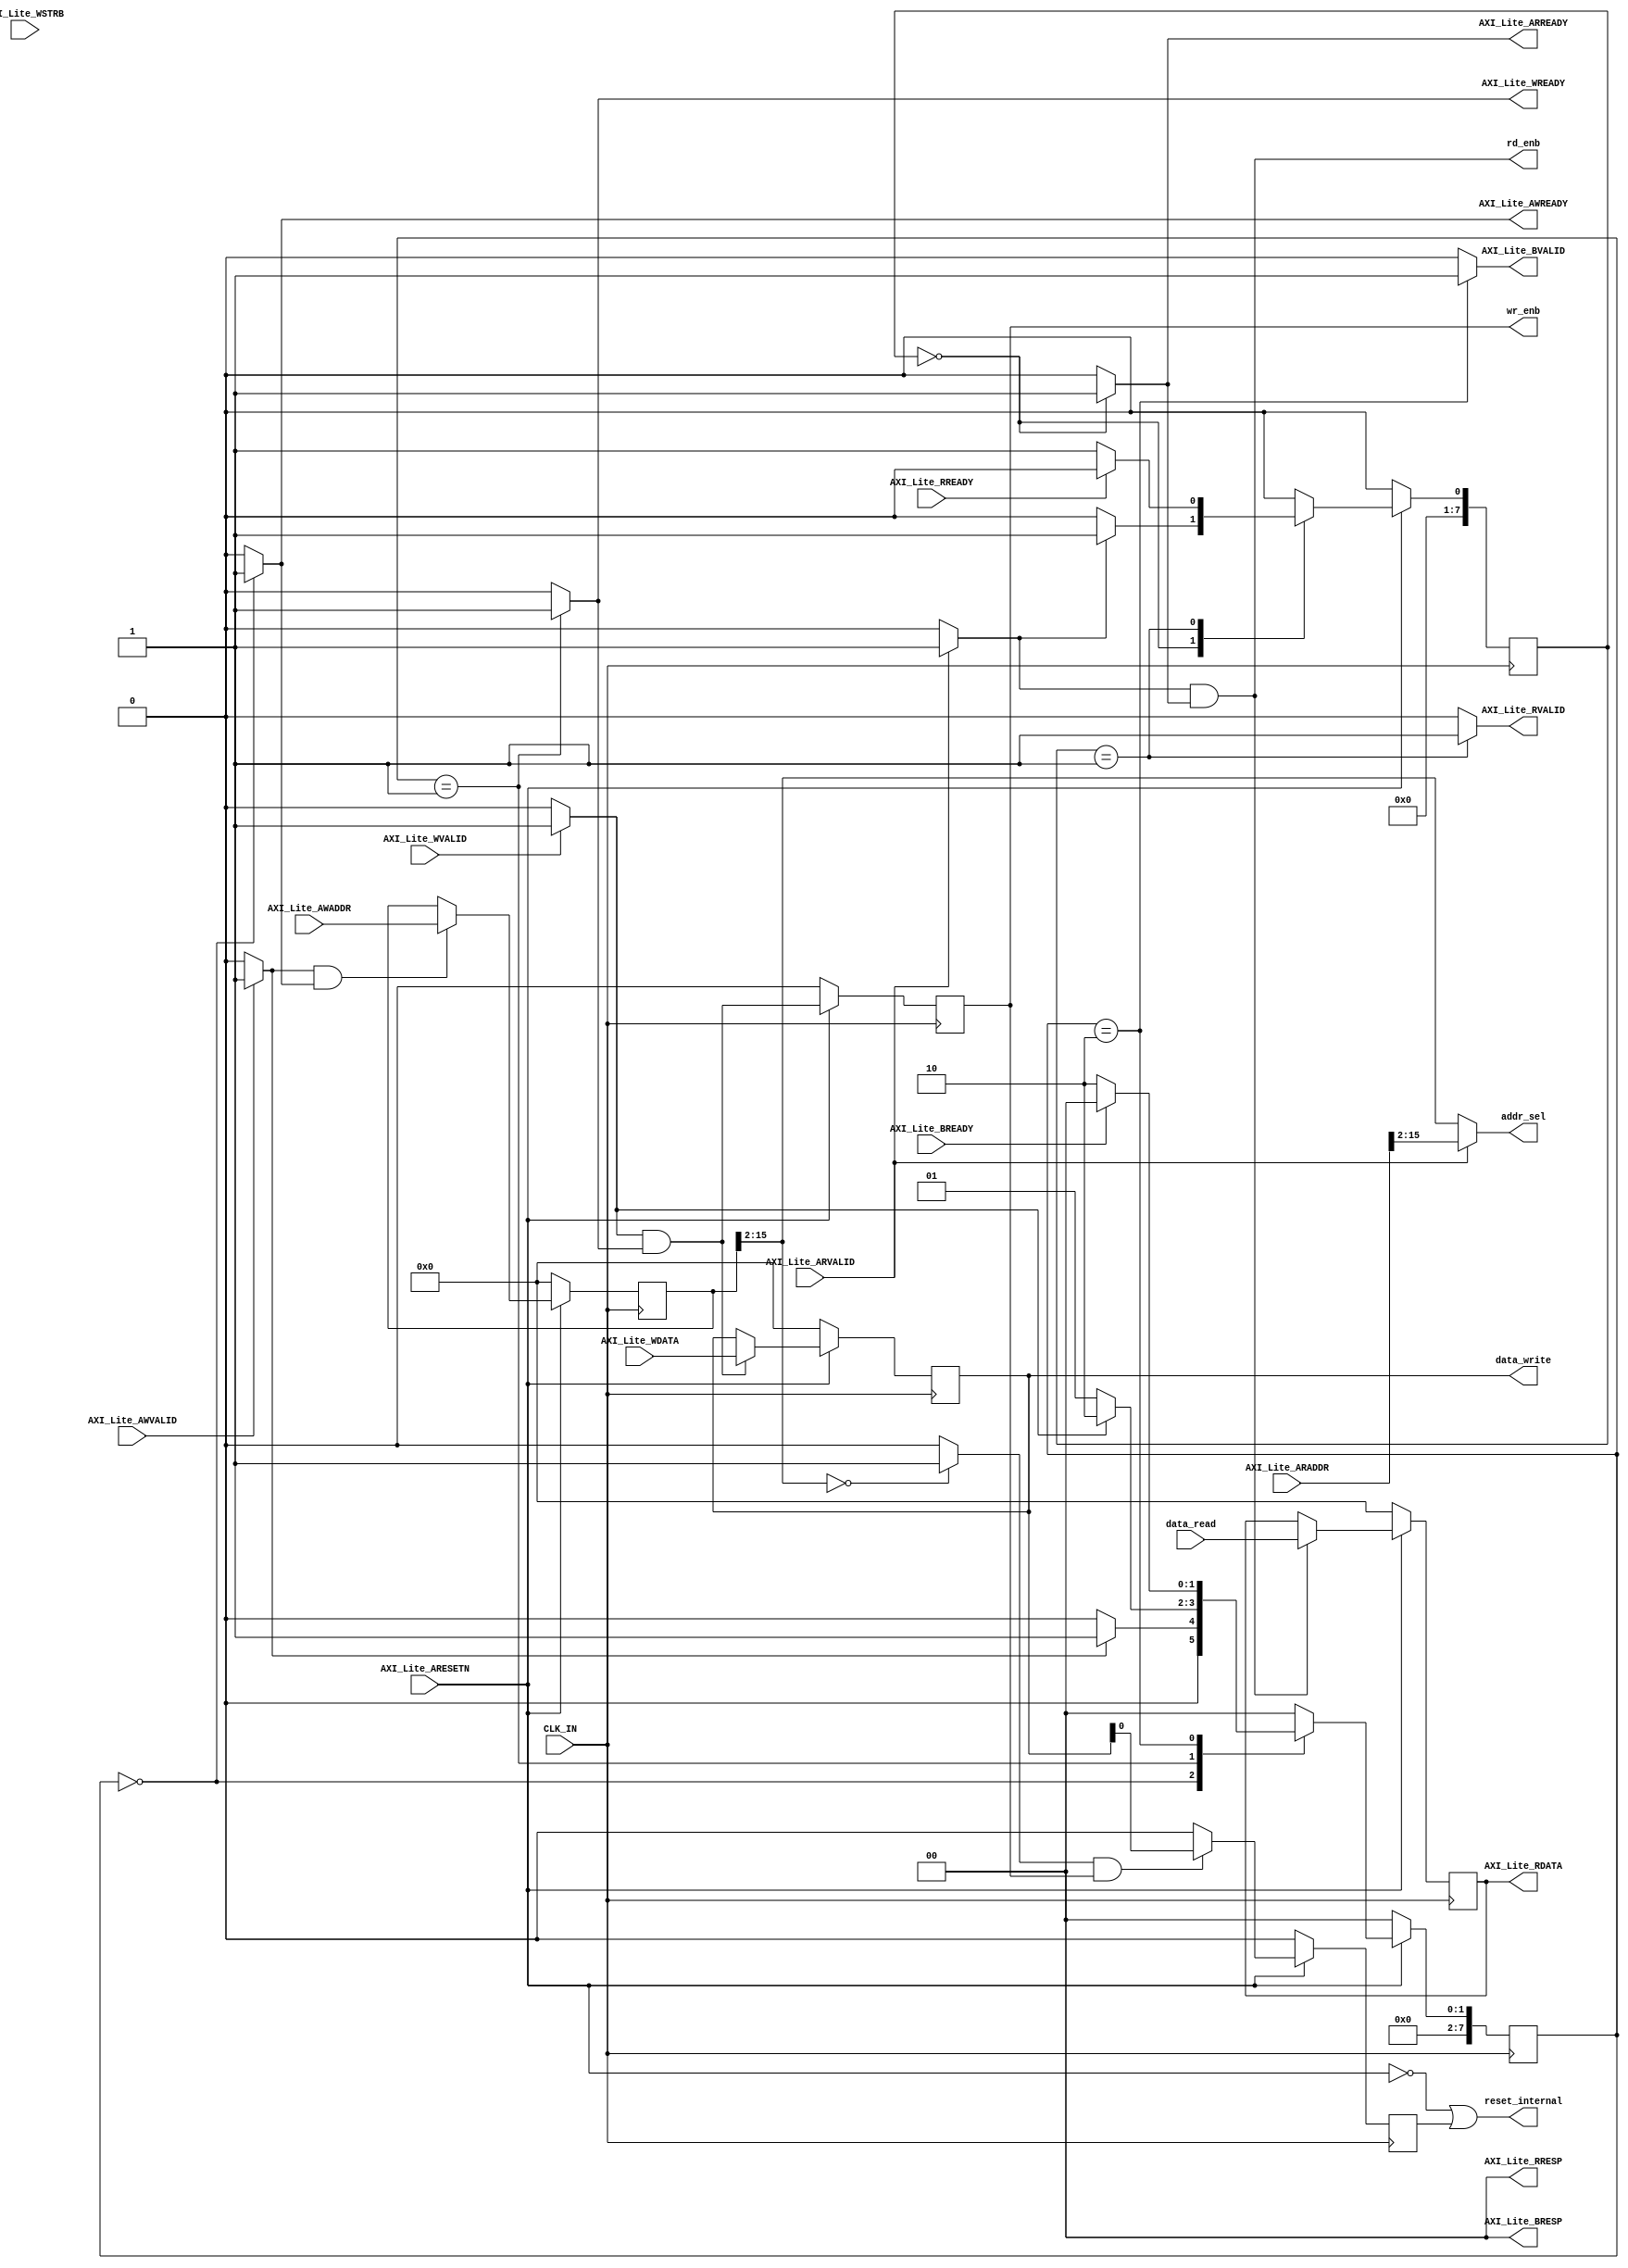
// -------------------------------------------------------------
// 
// 
// Generated by MATLAB 8.2 and HDL Coder 3.3
// 
// -------------------------------------------------------------


// -------------------------------------------------------------
// 
// Module: controllerperipheralhdladi_pcore_axi_lite_module
// Source Path: controllerperipheralhdladi_pcore/controllerperipheralhdladi_pcore_axi_lite/controllerperipheralhdladi_pcore_axi_lite_module
// Hierarchy Level: 2
// 
// -------------------------------------------------------------

`timescale 1 ns / 1 ns

module controllerperipheralhdladi_pcore_axi_lite_module
          (
           CLK_IN,
           AXI_Lite_ARESETN,
           AXI_Lite_AWADDR,
           AXI_Lite_AWVALID,
           AXI_Lite_WDATA,
           AXI_Lite_WSTRB,
           AXI_Lite_WVALID,
           AXI_Lite_BREADY,
           AXI_Lite_ARADDR,
           AXI_Lite_ARVALID,
           AXI_Lite_RREADY,
           data_read,
           AXI_Lite_AWREADY,
           AXI_Lite_WREADY,
           AXI_Lite_BRESP,
           AXI_Lite_BVALID,
           AXI_Lite_ARREADY,
           AXI_Lite_RDATA,
           AXI_Lite_RRESP,
           AXI_Lite_RVALID,
           data_write,
           addr_sel,
           wr_enb,
           rd_enb,
           reset_internal
          );


  input   CLK_IN;
  input   AXI_Lite_ARESETN;  // ufix1
  input   [31:0] AXI_Lite_AWADDR;  // ufix32
  input   AXI_Lite_AWVALID;  // ufix1
  input   [31:0] AXI_Lite_WDATA;  // ufix32
  input   [3:0] AXI_Lite_WSTRB;  // ufix4
  input   AXI_Lite_WVALID;  // ufix1
  input   AXI_Lite_BREADY;  // ufix1
  input   [31:0] AXI_Lite_ARADDR;  // ufix32
  input   AXI_Lite_ARVALID;  // ufix1
  input   AXI_Lite_RREADY;  // ufix1
  input   [31:0] data_read;  // ufix32
  output  AXI_Lite_AWREADY;  // ufix1
  output  AXI_Lite_WREADY;  // ufix1
  output  [1:0] AXI_Lite_BRESP;  // ufix2
  output  AXI_Lite_BVALID;  // ufix1
  output  AXI_Lite_ARREADY;  // ufix1
  output  [31:0] AXI_Lite_RDATA;  // ufix32
  output  [1:0] AXI_Lite_RRESP;  // ufix2
  output  AXI_Lite_RVALID;  // ufix1
  output  [31:0] data_write;  // ufix32
  output  [13:0] addr_sel;  // ufix14
  output  wr_enb;  // ufix1
  output  rd_enb;  // ufix1
  output  reset_internal;  // ufix1


  wire reset;
  wire enb;
  wire const_1;  // ufix1
  reg [7:0] axi_lite_wstate;  // uint8
  reg [7:0] axi_lite_rstate;  // uint8
  reg [7:0] axi_lite_wstate_next;  // uint8
  reg [7:0] axi_lite_rstate_next;  // uint8
  reg  AXI_Lite_AWREADY_1;  // ufix1
  reg  AXI_Lite_WREADY_1;  // ufix1
  reg  AXI_Lite_BVALID_1;  // ufix1
  reg  AXI_Lite_ARREADY_1;  // ufix1
  reg  AXI_Lite_RVALID_1;  // ufix1
  reg  aw_transfer;  // ufix1
  reg  w_transfer;  // ufix1
  reg  ar_transfer;  // ufix1
  wire [1:0] const_0_2;  // ufix2
  reg [31:0] AXI_Lite_RDATA_1;  // ufix32
  reg [31:0] wdata;  // ufix32
  reg [31:0] waddr;  // ufix32
  wire [13:0] waddr_sel;  // ufix14
  wire [13:0] raddr_sel;  // ufix14
  reg  wr_enb_1;  // ufix1
  wire strobe_addr;  // ufix1
  wire strobe_sel;  // ufix1
  wire const_zero;  // ufix1
  wire strobe_in;  // ufix1
  wire strobe_sw;  // ufix1
  reg  soft_reset;  // ufix1
  reg  axi_lite_out0_0_1;
  reg  axi_lite_out1_0_1;
  reg  axi_lite_out3_0_1;
  reg  axi_lite_awvalid_1;
  reg  axi_lite_wvalid_1;
  reg  axi_lite_arvalid_1;


  assign const_1 = 1'b1;



  assign enb = const_1;

  assign reset =  ~ AXI_Lite_ARESETN;



  always @(posedge CLK_IN)
    begin : axi_lite_process
      if (reset == 1'b1) begin
        axi_lite_wstate <= 8'd0;
        axi_lite_rstate <= 8'd0;
      end
      else if (enb) begin
        axi_lite_wstate <= axi_lite_wstate_next;
        axi_lite_rstate <= axi_lite_rstate_next;
      end
    end

  always @(axi_lite_wstate, axi_lite_rstate, AXI_Lite_AWVALID, AXI_Lite_WVALID,
       AXI_Lite_BREADY, AXI_Lite_ARVALID, AXI_Lite_RREADY) begin
    axi_lite_wstate_next = axi_lite_wstate;
    axi_lite_rstate_next = axi_lite_rstate;
    if (AXI_Lite_AWVALID != 1'b0) begin
      axi_lite_awvalid_1 = 1'b1;
    end
    else begin
      axi_lite_awvalid_1 = 1'b0;
    end
    if (AXI_Lite_WVALID != 1'b0) begin
      axi_lite_wvalid_1 = 1'b1;
    end
    else begin
      axi_lite_wvalid_1 = 1'b0;
    end
    if (AXI_Lite_ARVALID != 1'b0) begin
      axi_lite_arvalid_1 = 1'b1;
    end
    else begin
      axi_lite_arvalid_1 = 1'b0;
    end

    case ( axi_lite_wstate)
      8'd0 :
        begin
          axi_lite_out0_0_1 = 1'b1;
          axi_lite_out1_0_1 = 1'b0;
          AXI_Lite_BVALID_1 = 1'b0;
          if (axi_lite_awvalid_1) begin
            axi_lite_wstate_next = 8'd1;
          end
          else begin
            axi_lite_wstate_next = 8'd0;
          end
        end
      8'd1 :
        begin
          axi_lite_out0_0_1 = 1'b0;
          axi_lite_out1_0_1 = 1'b1;
          AXI_Lite_BVALID_1 = 1'b0;
          if (axi_lite_wvalid_1) begin
            axi_lite_wstate_next = 8'd2;
          end
          else begin
            axi_lite_wstate_next = 8'd1;
          end
        end
      8'd2 :
        begin
          axi_lite_out0_0_1 = 1'b0;
          axi_lite_out1_0_1 = 1'b0;
          AXI_Lite_BVALID_1 = 1'b1;
          if (AXI_Lite_BREADY != 1'b0) begin
            axi_lite_wstate_next = 8'd0;
          end
          else begin
            axi_lite_wstate_next = 8'd2;
          end
        end
      default :
        begin
          axi_lite_out0_0_1 = 1'b0;
          axi_lite_out1_0_1 = 1'b0;
          AXI_Lite_BVALID_1 = 1'b0;
          axi_lite_wstate_next = 8'd0;
        end
    endcase


    case ( axi_lite_rstate)
      8'd0 :
        begin
          axi_lite_out3_0_1 = 1'b1;
          AXI_Lite_RVALID_1 = 1'b0;
          if (axi_lite_arvalid_1) begin
            axi_lite_rstate_next = 8'd1;
          end
          else begin
            axi_lite_rstate_next = 8'd0;
          end
        end
      8'd1 :
        begin
          axi_lite_out3_0_1 = 1'b0;
          AXI_Lite_RVALID_1 = 1'b1;
          if (AXI_Lite_RREADY != 1'b0) begin
            axi_lite_rstate_next = 8'd0;
          end
          else begin
            axi_lite_rstate_next = 8'd1;
          end
        end
      default :
        begin
          axi_lite_out3_0_1 = 1'b0;
          AXI_Lite_RVALID_1 = 1'b0;
          axi_lite_rstate_next = 8'd0;
        end
    endcase

    AXI_Lite_AWREADY_1 = axi_lite_out0_0_1;
    AXI_Lite_WREADY_1 = axi_lite_out1_0_1;
    AXI_Lite_ARREADY_1 = axi_lite_out3_0_1;
    aw_transfer = axi_lite_awvalid_1 && axi_lite_out0_0_1;
    w_transfer = axi_lite_wvalid_1 && axi_lite_out1_0_1;
    ar_transfer = axi_lite_arvalid_1 && axi_lite_out3_0_1;
  end



  assign const_0_2 = 2'b00;



  assign AXI_Lite_BRESP = const_0_2;

  always @(posedge CLK_IN)
    begin : reg_rdata_process
      if (reset == 1'b1) begin
        AXI_Lite_RDATA_1 <= 32'b00000000000000000000000000000000;
      end
      else if (enb && ar_transfer) begin
        AXI_Lite_RDATA_1 <= data_read;
      end
    end



  assign AXI_Lite_RRESP = const_0_2;

  always @(posedge CLK_IN)
    begin : reg_wdata_process
      if (reset == 1'b1) begin
        wdata <= 32'b00000000000000000000000000000000;
      end
      else if (enb && w_transfer) begin
        wdata <= AXI_Lite_WDATA;
      end
    end



  assign data_write = wdata;

  always @(posedge CLK_IN)
    begin : reg_waddr_process
      if (reset == 1'b1) begin
        waddr <= 32'b00000000000000000000000000000000;
      end
      else if (enb && aw_transfer) begin
        waddr <= AXI_Lite_AWADDR;
      end
    end



  assign waddr_sel = waddr[15:2];



  assign raddr_sel = AXI_Lite_ARADDR[15:2];



  assign addr_sel = (AXI_Lite_ARVALID == 1'b0 ? waddr_sel :
              raddr_sel);



  always @(posedge CLK_IN)
    begin : reg_wr_enb_process
      if (reset == 1'b1) begin
        wr_enb_1 <= 1'b0;
      end
      else if (enb) begin
        wr_enb_1 <= w_transfer;
      end
    end



  assign rd_enb = ar_transfer;

  assign strobe_addr = (waddr_sel == 14'b00000000000000 ? 1'b1 :
              1'b0);



  assign strobe_sel = strobe_addr & wr_enb_1;



  assign const_zero = 1'b0;



  assign strobe_in = wdata[0];



  assign strobe_sw = (strobe_sel == 1'b0 ? const_zero :
              strobe_in);



  always @(posedge CLK_IN)
    begin : reg_rsvd_process
      if (reset == 1'b1) begin
        soft_reset <= 1'b0;
      end
      else if (enb) begin
        soft_reset <= strobe_sw;
      end
    end



  assign reset_internal = reset | soft_reset;



  assign AXI_Lite_AWREADY = AXI_Lite_AWREADY_1;

  assign AXI_Lite_WREADY = AXI_Lite_WREADY_1;

  assign AXI_Lite_BVALID = AXI_Lite_BVALID_1;

  assign AXI_Lite_ARREADY = AXI_Lite_ARREADY_1;

  assign AXI_Lite_RDATA = AXI_Lite_RDATA_1;

  assign AXI_Lite_RVALID = AXI_Lite_RVALID_1;

  assign wr_enb = wr_enb_1;

endmodule  // controllerperipheralhdladi_pcore_axi_lite_module